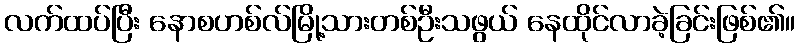
လက်ထပ်ပြီး နောစဟစ်လ်မြို့သားတစ်ဦးသဖွယ် နေထိုင်လာခဲ့ခြင်းဖြစ်၏။